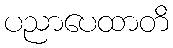
ပညာပေထာတိ